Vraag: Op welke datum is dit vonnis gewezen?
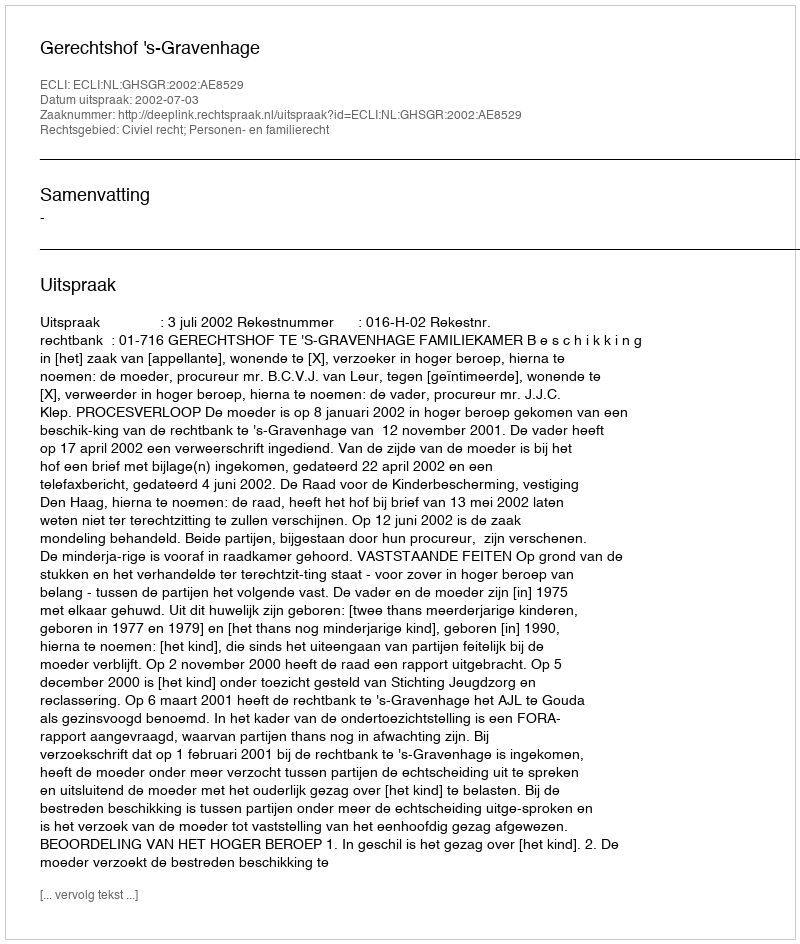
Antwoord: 2002-07-03